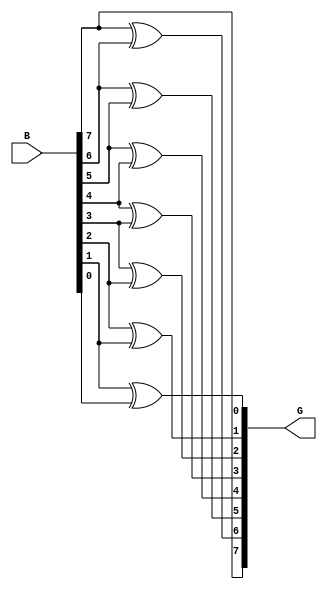
module binarytogray(B,G);
input [7:0]B;
output reg[7:0]G;
integer i;
always@(*)
begin
G[7]=B[7];
for(i=6;i>=0;i=i-1)
begin
G[i]=B[i+1]^B[i];
end
end
endmodule